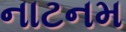
નાટનમ